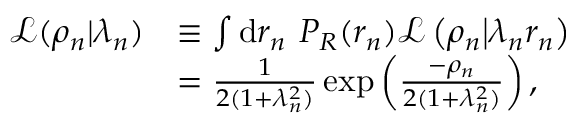
\begin{array} { r l } { \mathcal { L } ( \rho _ { n } | \lambda _ { n } ) } & { \equiv \int \mathrm { d } r _ { n } ~ P _ { R } ( r _ { n } ) { \mathcal L } \left( \rho _ { n } \big | \lambda _ { n } r _ { n } \right) } \\ & { = \frac { 1 } { { 2 } ( 1 + \lambda _ { n } ^ { 2 } ) } \exp \left( \frac { - \rho _ { n } } { { 2 } ( 1 + \lambda _ { n } ^ { 2 } ) } \right) , } \end{array}